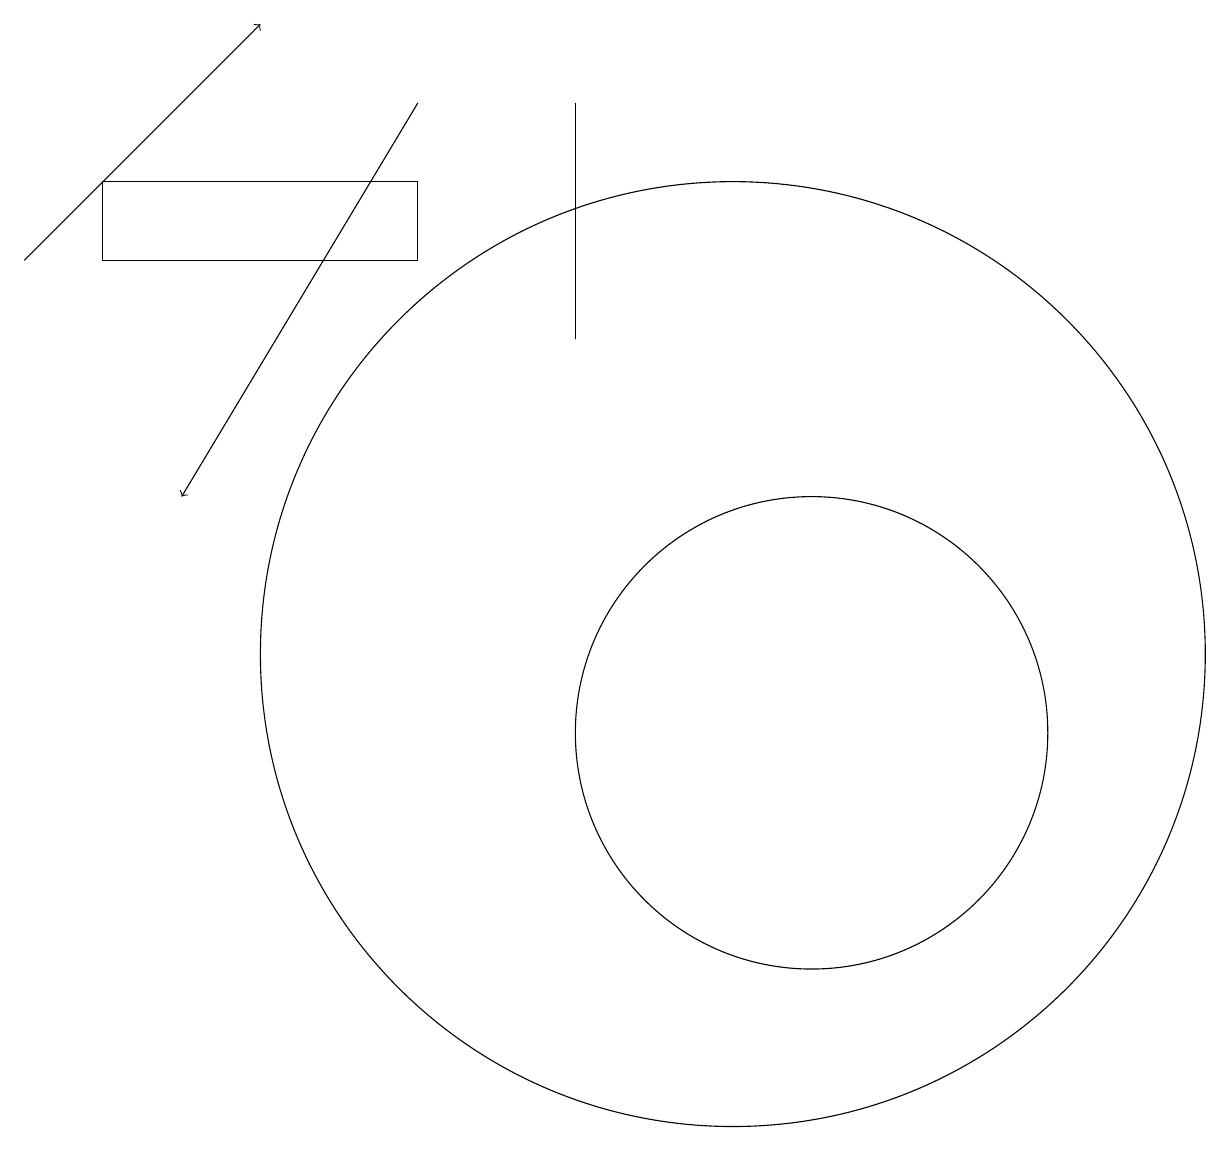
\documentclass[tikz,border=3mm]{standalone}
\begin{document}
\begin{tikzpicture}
\draw (9,15) rectangle (9,18);
\draw (12,10) circle (3);
\draw (11,11) circle (6);
\draw[->] (7,18) -- (4,13);
\draw (7,16) rectangle (3,17);
\draw[->] (2,16) -- (5,19);
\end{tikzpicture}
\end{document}